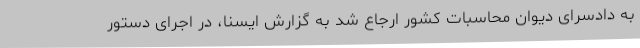
به دادسرای دیوان محاسبات کشور ارجاع شد به گزارش ایسنا، در اجرای دستور